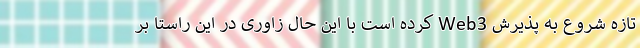
تازه شروع به پذیرش Web3 کرده است با این حال زاوری در این راستا بر